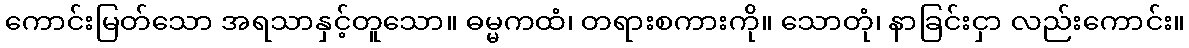
ကောင်းမြတ်သော အရသာနှင့်တူသော။ ဓမ္မကထံ၊ တရားစကားကို။ သောတုံ၊ နာခြင်းငှာ လည်းကောင်း။